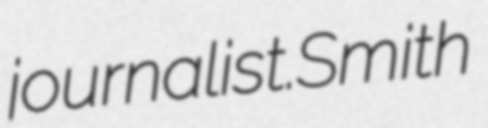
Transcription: journalist.Smith